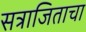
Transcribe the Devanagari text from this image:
सत्राजिताचा